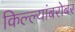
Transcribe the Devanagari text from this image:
किल्ल्यांबरोबर